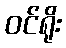
ဝင်ရိုး